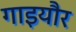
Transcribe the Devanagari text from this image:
गाइयौर